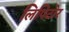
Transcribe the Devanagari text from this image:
लिपिटोर